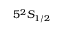
5 ^ { 2 } S _ { 1 / 2 }